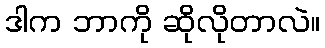
ဒါက ဘာကို ဆိုလိုတာလဲ။